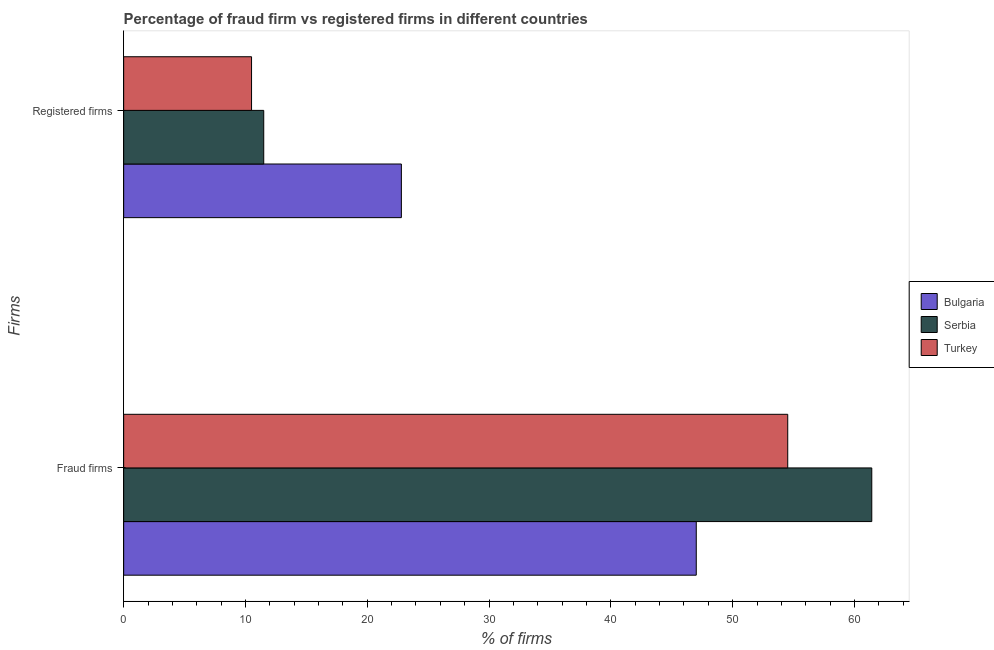
| Firms | Bulgaria | Serbia | Turkey |
 | --- | --- | --- | --- |
 | Fraud firms | 47 | 61.4 | 54.5 |
 | Registered firms | 22.8 | 11.5 | 10.5 |